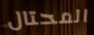
المحتال